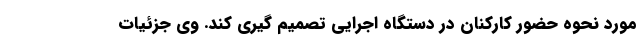
مورد نحوه حضور کارکنان در دستگاه اجرایی تصمیم گیری کند. وی جزئیات